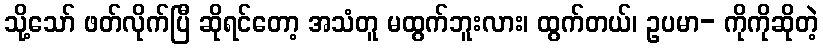
သို့သော် ဖတ်လိုက်ပြီ ဆိုရင်တော့ အသံတူ မထွက်ဘူးလား၊ ထွက်တယ်၊ ဥပမာ- ကိုကိုဆိုတဲ့